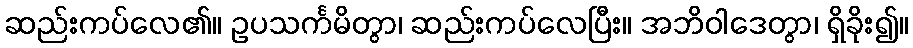
ဆည်းကပ်လေ၏။ ဥပသင်္ကမိတွာ၊ ဆည်းကပ်လေပြီး။ အဘိဝါဒေတွာ၊ ရှိခိုး၍။